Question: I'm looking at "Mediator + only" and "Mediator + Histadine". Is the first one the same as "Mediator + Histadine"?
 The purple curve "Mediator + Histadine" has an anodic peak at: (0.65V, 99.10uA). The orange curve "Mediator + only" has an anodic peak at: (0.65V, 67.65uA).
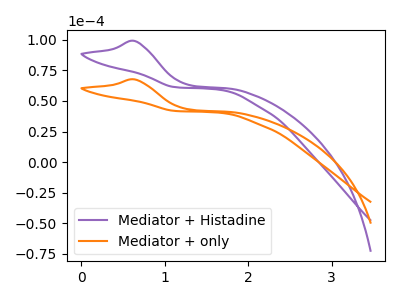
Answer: <think>All the peaks in "Mediator + only" have a peak in "Mediator + Histadine" at the same potential. Every peak in "Mediator + only" is lower than every peak in "Mediator + Histadine".
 </think>
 <answer>"Mediator + only" and "Mediator + Histadine" are similar in shape.</answer>
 <eval>same_shape</eval>